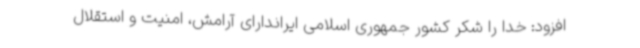
افزود: خدا را شکر کشور جمهوری اسلامی ایراندارای آرامش، امنیت و استقلال